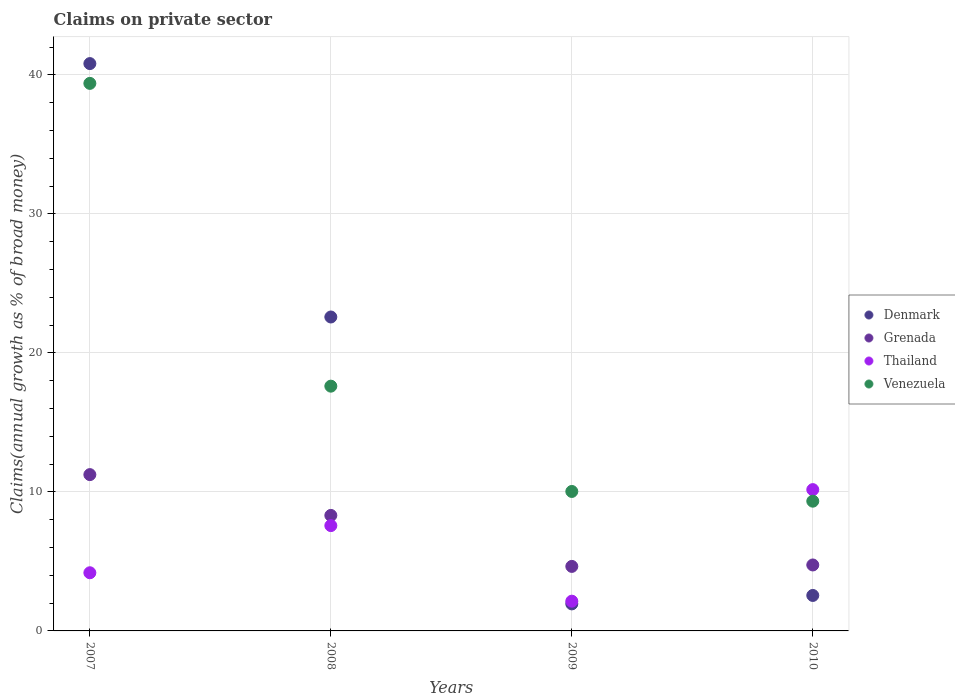
| Years | Denmark | Grenada | Thailand | Venezuela |
 | --- | --- | --- | --- | --- |
 | 2007 | 40.8 | 11.2 | 4.18 | 39.4 |
 | 2008 | 22.6 | 8.31 | 7.58 | 17.6 |
 | 2009 | 1.94 | 4.64 | 2.14 | 10 |
 | 2010 | 2.55 | 4.75 | 10.2 | 9.33 |